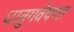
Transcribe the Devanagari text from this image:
धातुगवेषणा